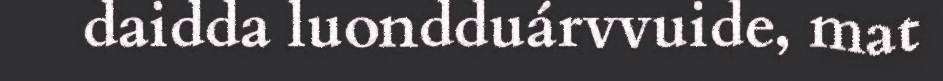
daidda luondduárvvuide, mat